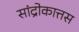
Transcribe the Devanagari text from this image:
सांद्रोकात्तस